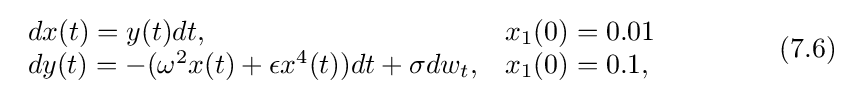
{\begin{array}{ll}dx(t)=y(t)dt,&x_{1}(0)=0.01\\dy(t)=-(\omega ^{2}x(t)+\epsilon x^{4}(t))dt+\sigma dw_{t},&x_{1}(0)=0.1,\end{array}}\qquad \qquad (7.6)